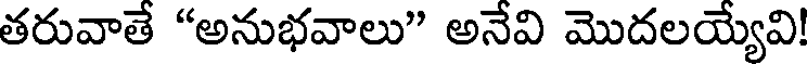
తరువాతే "అనుభవాలు" అనేవి మొదలయ్యేవి!